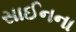
સાઈનના